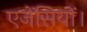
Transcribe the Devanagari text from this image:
एजेंसियों।